Mental hospitals Bombay report 1921-28 - 1921-1928
Year: 1921
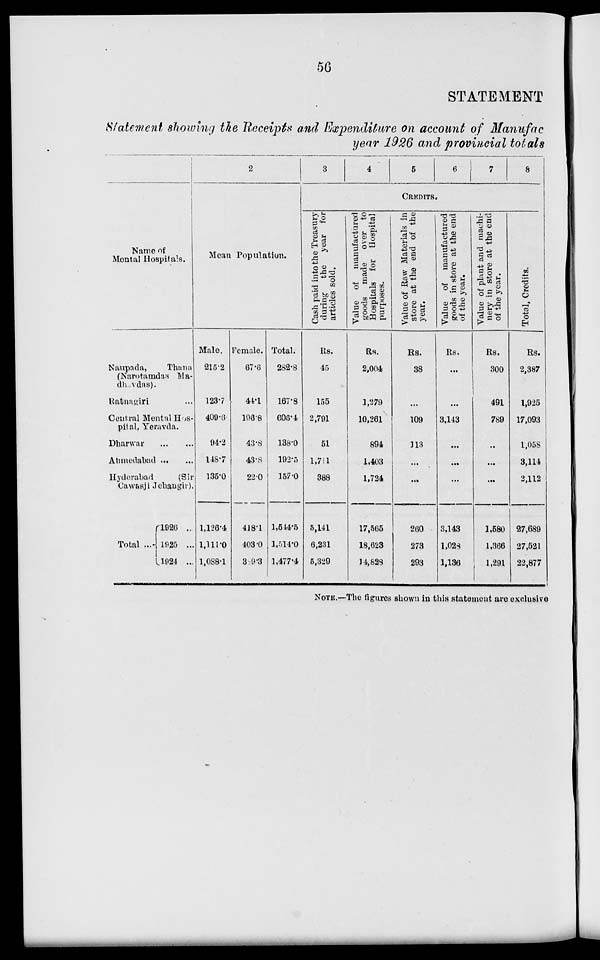
56
STATEMENT
Statement showing the Receipts and Expenditure on account of Manufac
year 1926 and provincial totals
Name of
Mental Hospitals.
Naupnda,
Thana
(Narotamdas Ma-
dhavdas).
Ratnagiri ...
Central Mental Hos-
pital, Yeravda.
Dharwar
...
...
Ahmedabad ... ...
Hyderabad
(Sir
Cawasji Jehangir).
Total ...
1926 ...
1925 ...
1924 ...
2
Mean Population.
Male.
215.2
123.7
409.6
94.2
148.7
135.0
1,126.4
1,111.0
1,088.1
Female.
67.6
44.1
196.8
43.8
43.8
22.0
418.1
403.0
389.3
Total.
282.8
167.8
606.4
138.0
192.5
157.0
1,544.5
1,514.0
1,477.4
3
4
5
6
7
8
CREDITS.
Cash paid into the Treasury
during
the
year for
articles sold.
Rs.
45
155
2,791
51
1,711
388
5,141
6,231
5,329
Value of manufactured
goods
made
over to
Hospitals for Hospital
purposes.
Rs.
2,004
1,279
10,261
894
1,403
1,724
17,565
18,623
14,828
Value of Raw Materials in
store at the end of the
year.
Rs.
38
...
109
113
...
...
260
273
293
Value of manufactured
goods in store at the end
of the year.
Rs.
...
...
3,143
...
...
...
3,143
1,028
1.136
Value of plant and machi-
nery in store at the end
of the year.
Rs.
300
491
789
...
...
...
1,580
1,366
1,291
Total, Credits.
Rs.
2,387
1,925
17,093
1,058
3,114
2,112
27,689
27,521
22,877
NOTE.—The figures shown in this statement are exclusive